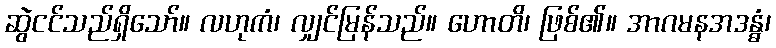
ဆွဲငင်သည်ရှိသော်။ လဟုကံ၊ လျှင်မြန်သည်။ ဟောတိ၊ ဖြစ်၏။ အာဂမနအဒန္ဓံ၊